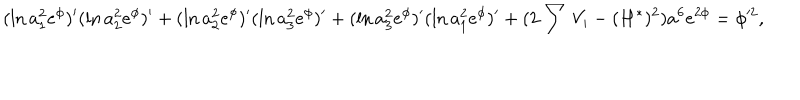
( \ln a _ { 1 } ^ { 2 } e ^ { \phi } ) ^ { \prime } ( \ln a _ { 2 } ^ { 2 } e ^ { \phi } ) ^ { \prime } + ( \ln a _ { 2 } ^ { 2 } e ^ { \phi } ) ^ { \prime } ( \ln a _ { 3 } ^ { 2 } e ^ { \phi } ) ^ { \prime } + ( \ln a _ { 3 } ^ { 2 } e ^ { \phi } ) ^ { \prime } ( \ln a _ { 1 } ^ { 2 } e ^ { \phi } ) ^ { \prime } + ( 2 \sum V _ { i } - ( H ^ { \ast } ) ^ { 2 } ) a ^ { 6 } e ^ { 2 \phi } = \phi ^ { \prime 2 } ,